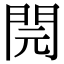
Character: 䦎